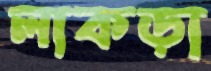
লাকড়া